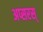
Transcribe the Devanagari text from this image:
अप्सरस्